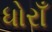
ધોરાઁ